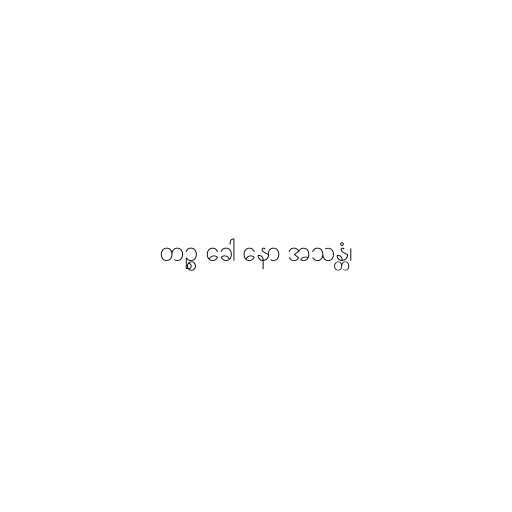
တဉ္စ ခေါ နော အသန္တံ၊